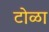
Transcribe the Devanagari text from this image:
टोळा